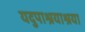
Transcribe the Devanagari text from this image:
यदुपाश्रयाश्रया